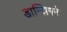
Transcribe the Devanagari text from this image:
डान्झिगने